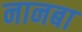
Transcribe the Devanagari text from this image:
नानबा